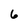
Character: 6